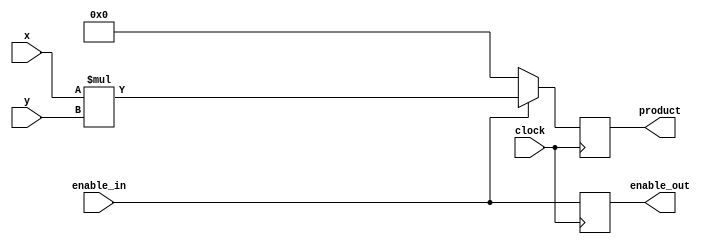
//
// Copyright 2011 Ettus Research LLC
//
// This program is free software: you can redistribute it and/or modify
// it under the terms of the GNU General Public License as published by
// the Free Software Foundation, either version 3 of the License, or
// (at your option) any later version.
//
// This program is distributed in the hope that it will be useful,
// but WITHOUT ANY WARRANTY; without even the implied warranty of
// MERCHANTABILITY or FITNESS FOR A PARTICULAR PURPOSE.  See the
// GNU General Public License for more details.
//
// You should have received a copy of the GNU General Public License
// along with this program.  If not, see <http://www.gnu.org/licenses/>.
//



module mult (input clock, input signed [15:0] x, input signed [15:0] y, output reg signed [30:0] product,
	     input enable_in, output reg enable_out );

   always @(posedge clock)
     if(enable_in)
       product <= #1 x*y;
     else
       product <= #1 31'd0;
   
   always @(posedge clock)
     enable_out <= #1 enable_in;
   
endmodule // mult